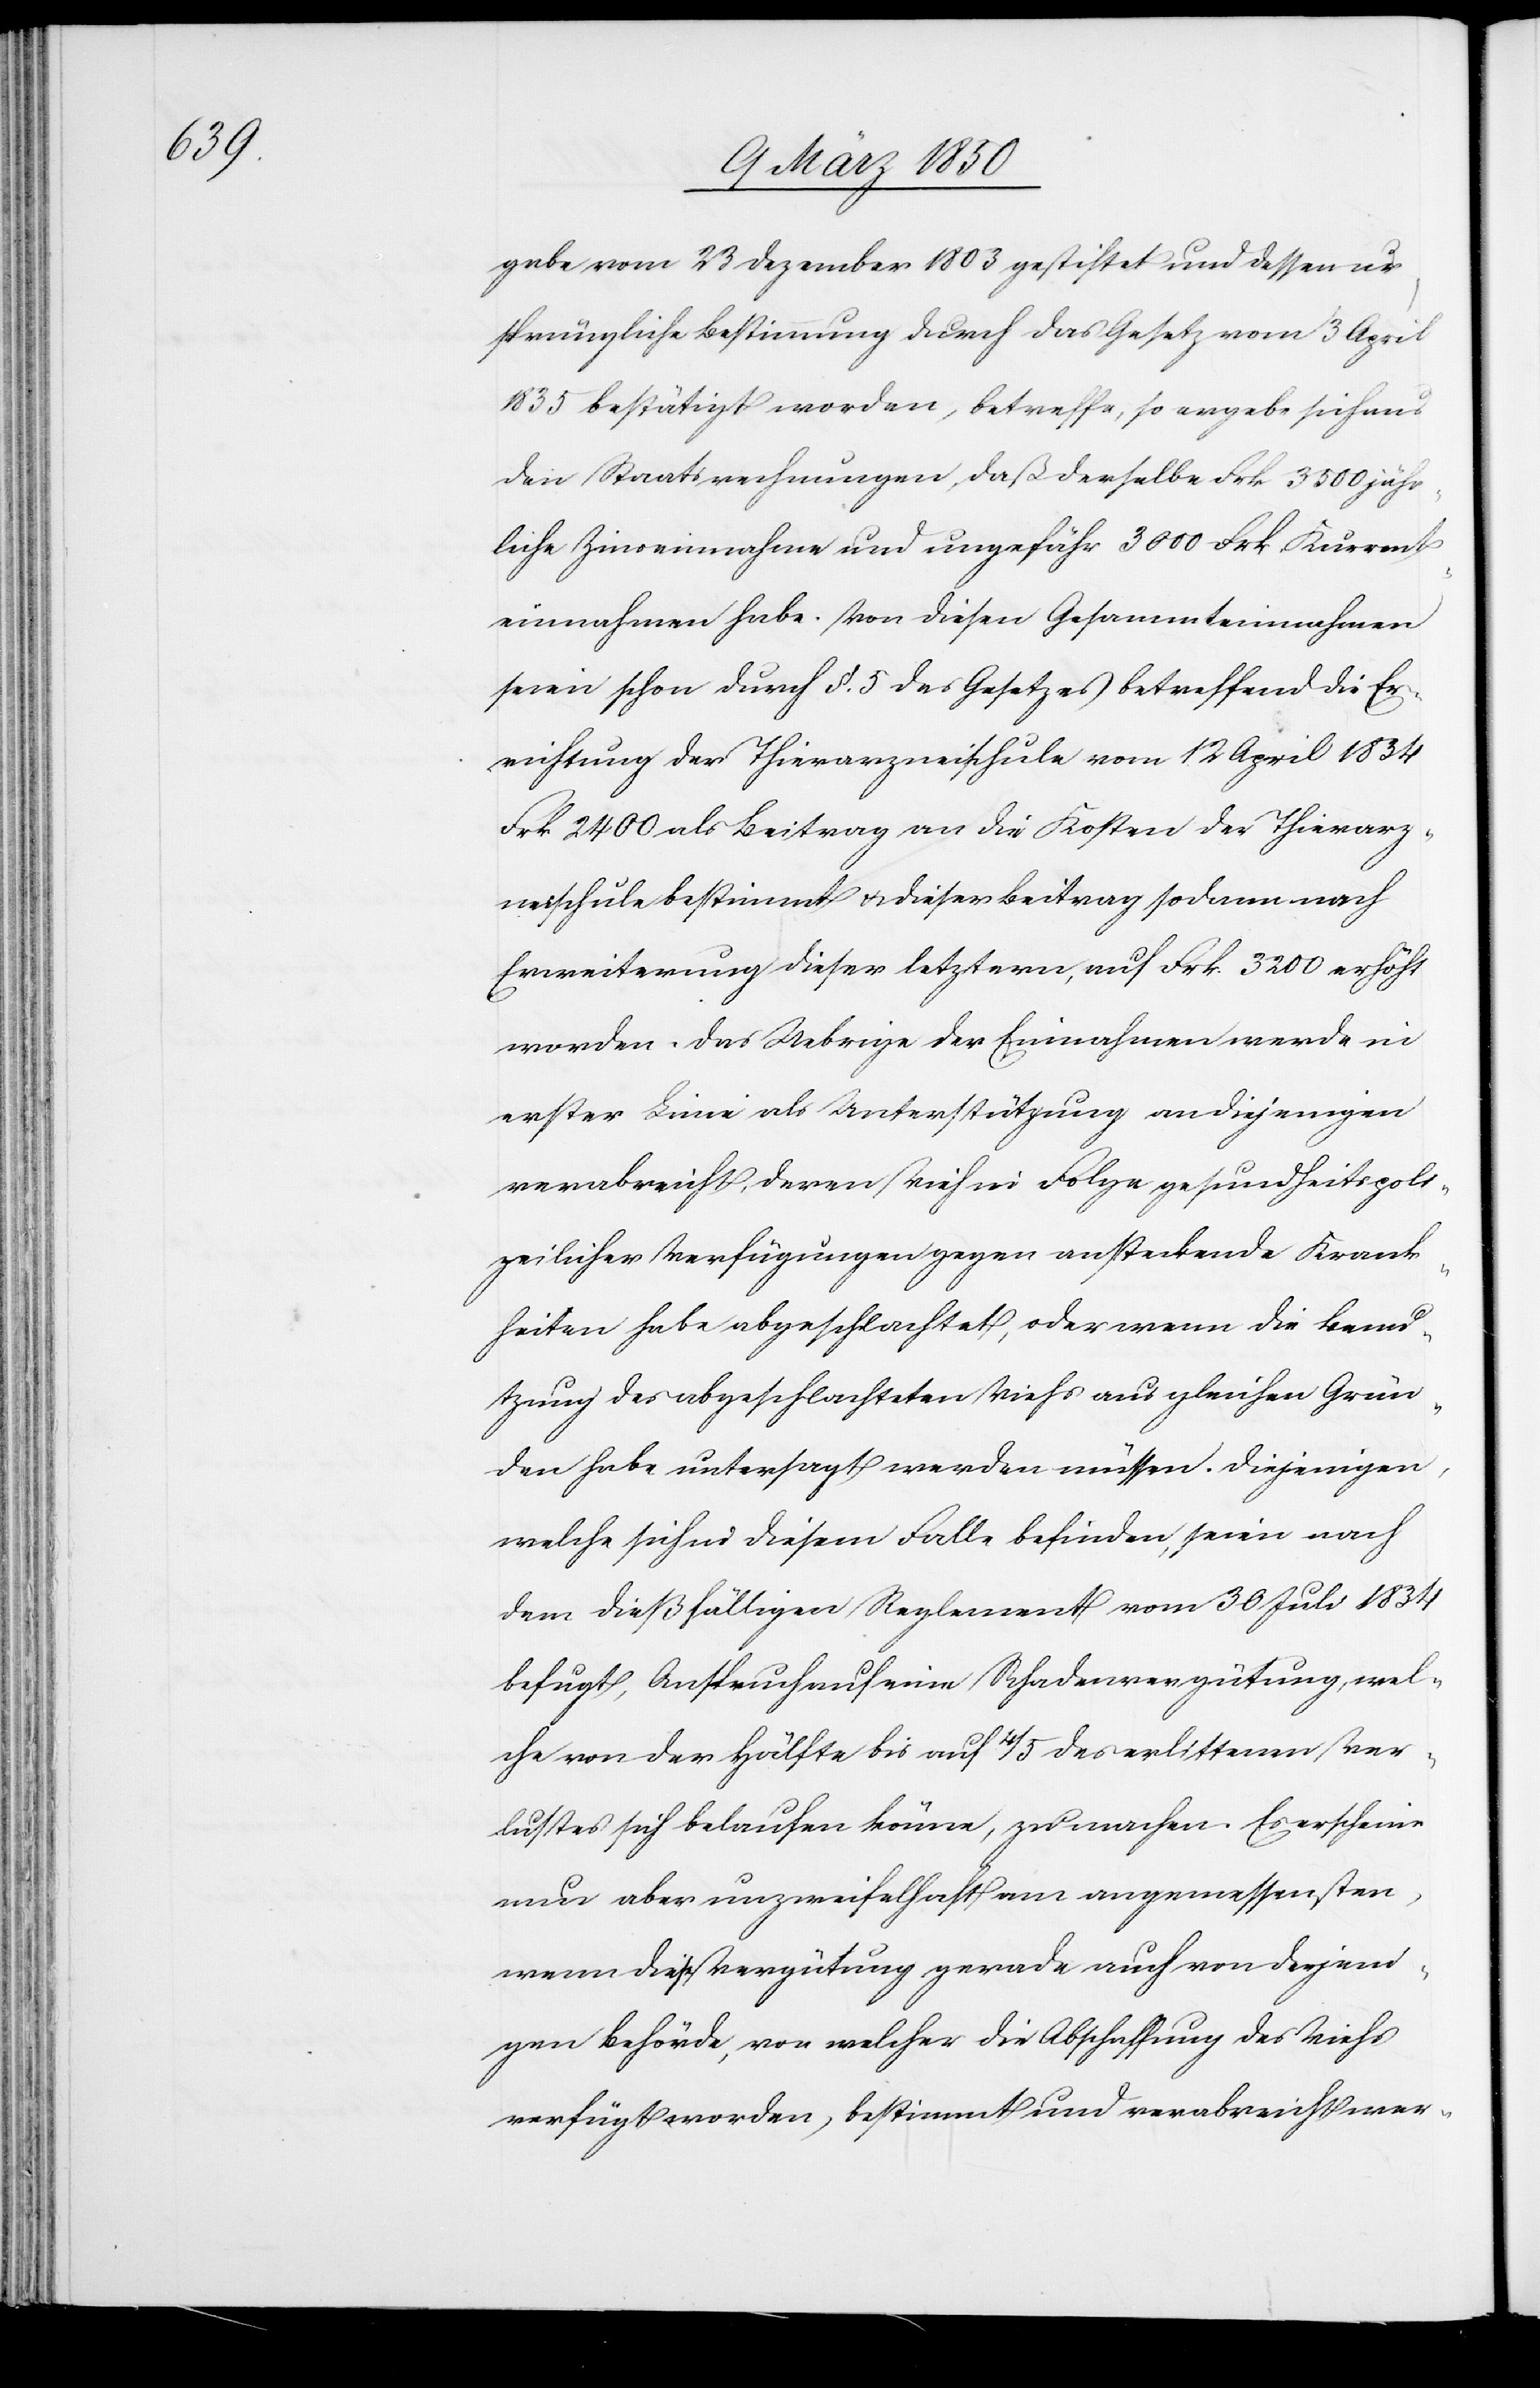
gabe vom 23 Dezember 1803 gestiftet und dessen ur¬
sprüngliche Bestimmung durch das Gesetz vom 3 April
1835 bestätigt worden, betreffe, so ergebe sich aus
den Staatrechnungen, daß derselbe Frk 3500 jähr¬
liche Zinseinnahme und ungefähr 3000 Frk. Kurrent¬
einnahmen habe. Von diesen Gesammteinnahmen
seien schon durch §. 5 des Gesetzes betreffend die Er¬
richtung der Thierarzneischule vom 12 April 1834
Frk 2400 als Beitrag an die Kosten der Thierarz¬
neischule bestimmt u. dieser Beitrag sodann nach
Erweiterung dieser letztern, auf Frk. 3200 erhöht
worden. Das Uebrige der Einnahmen werde in
erster Linie als Unterstützung an diejenigen
verabreicht, deren Vieh in Folge gesundheitspoli¬
zeilicher Verfügungen gegen ansteckende Krank¬
heiten habe abgeschlachtet, oder wenn die Benu¬
tzung des abgeschlachteten Viehs aus gleichen Grün¬
den habe untersagt werden müssen. Diejenigen,
welche sich in diesem Falle befinden, seien nach
dem dießfälligen Reglement vom 30 Juli 1834
befugt, Anspruch auf eine Schadenvergütung, wel¬
che von der Hälfte bis auf 4/5 des erlittenen Ver¬
lustes sich belaufen könne, zu machen. Es erscheine
nun aber unzweifelhaft am angemessensten,
wenn diese Vergütung gerade auch von derjeni¬
gen Behörde, von welcher die Abschaffung des Viehs
verfügt worden, bestimmt und verabreicht wer-